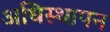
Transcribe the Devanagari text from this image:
अधिस्थापन